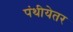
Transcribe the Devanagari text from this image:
पंथीयेतर